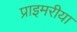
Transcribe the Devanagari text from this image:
प्राइमरीया